38_143685_box_Incident_Summaries_173-233
Agency: Department of War
Page 11
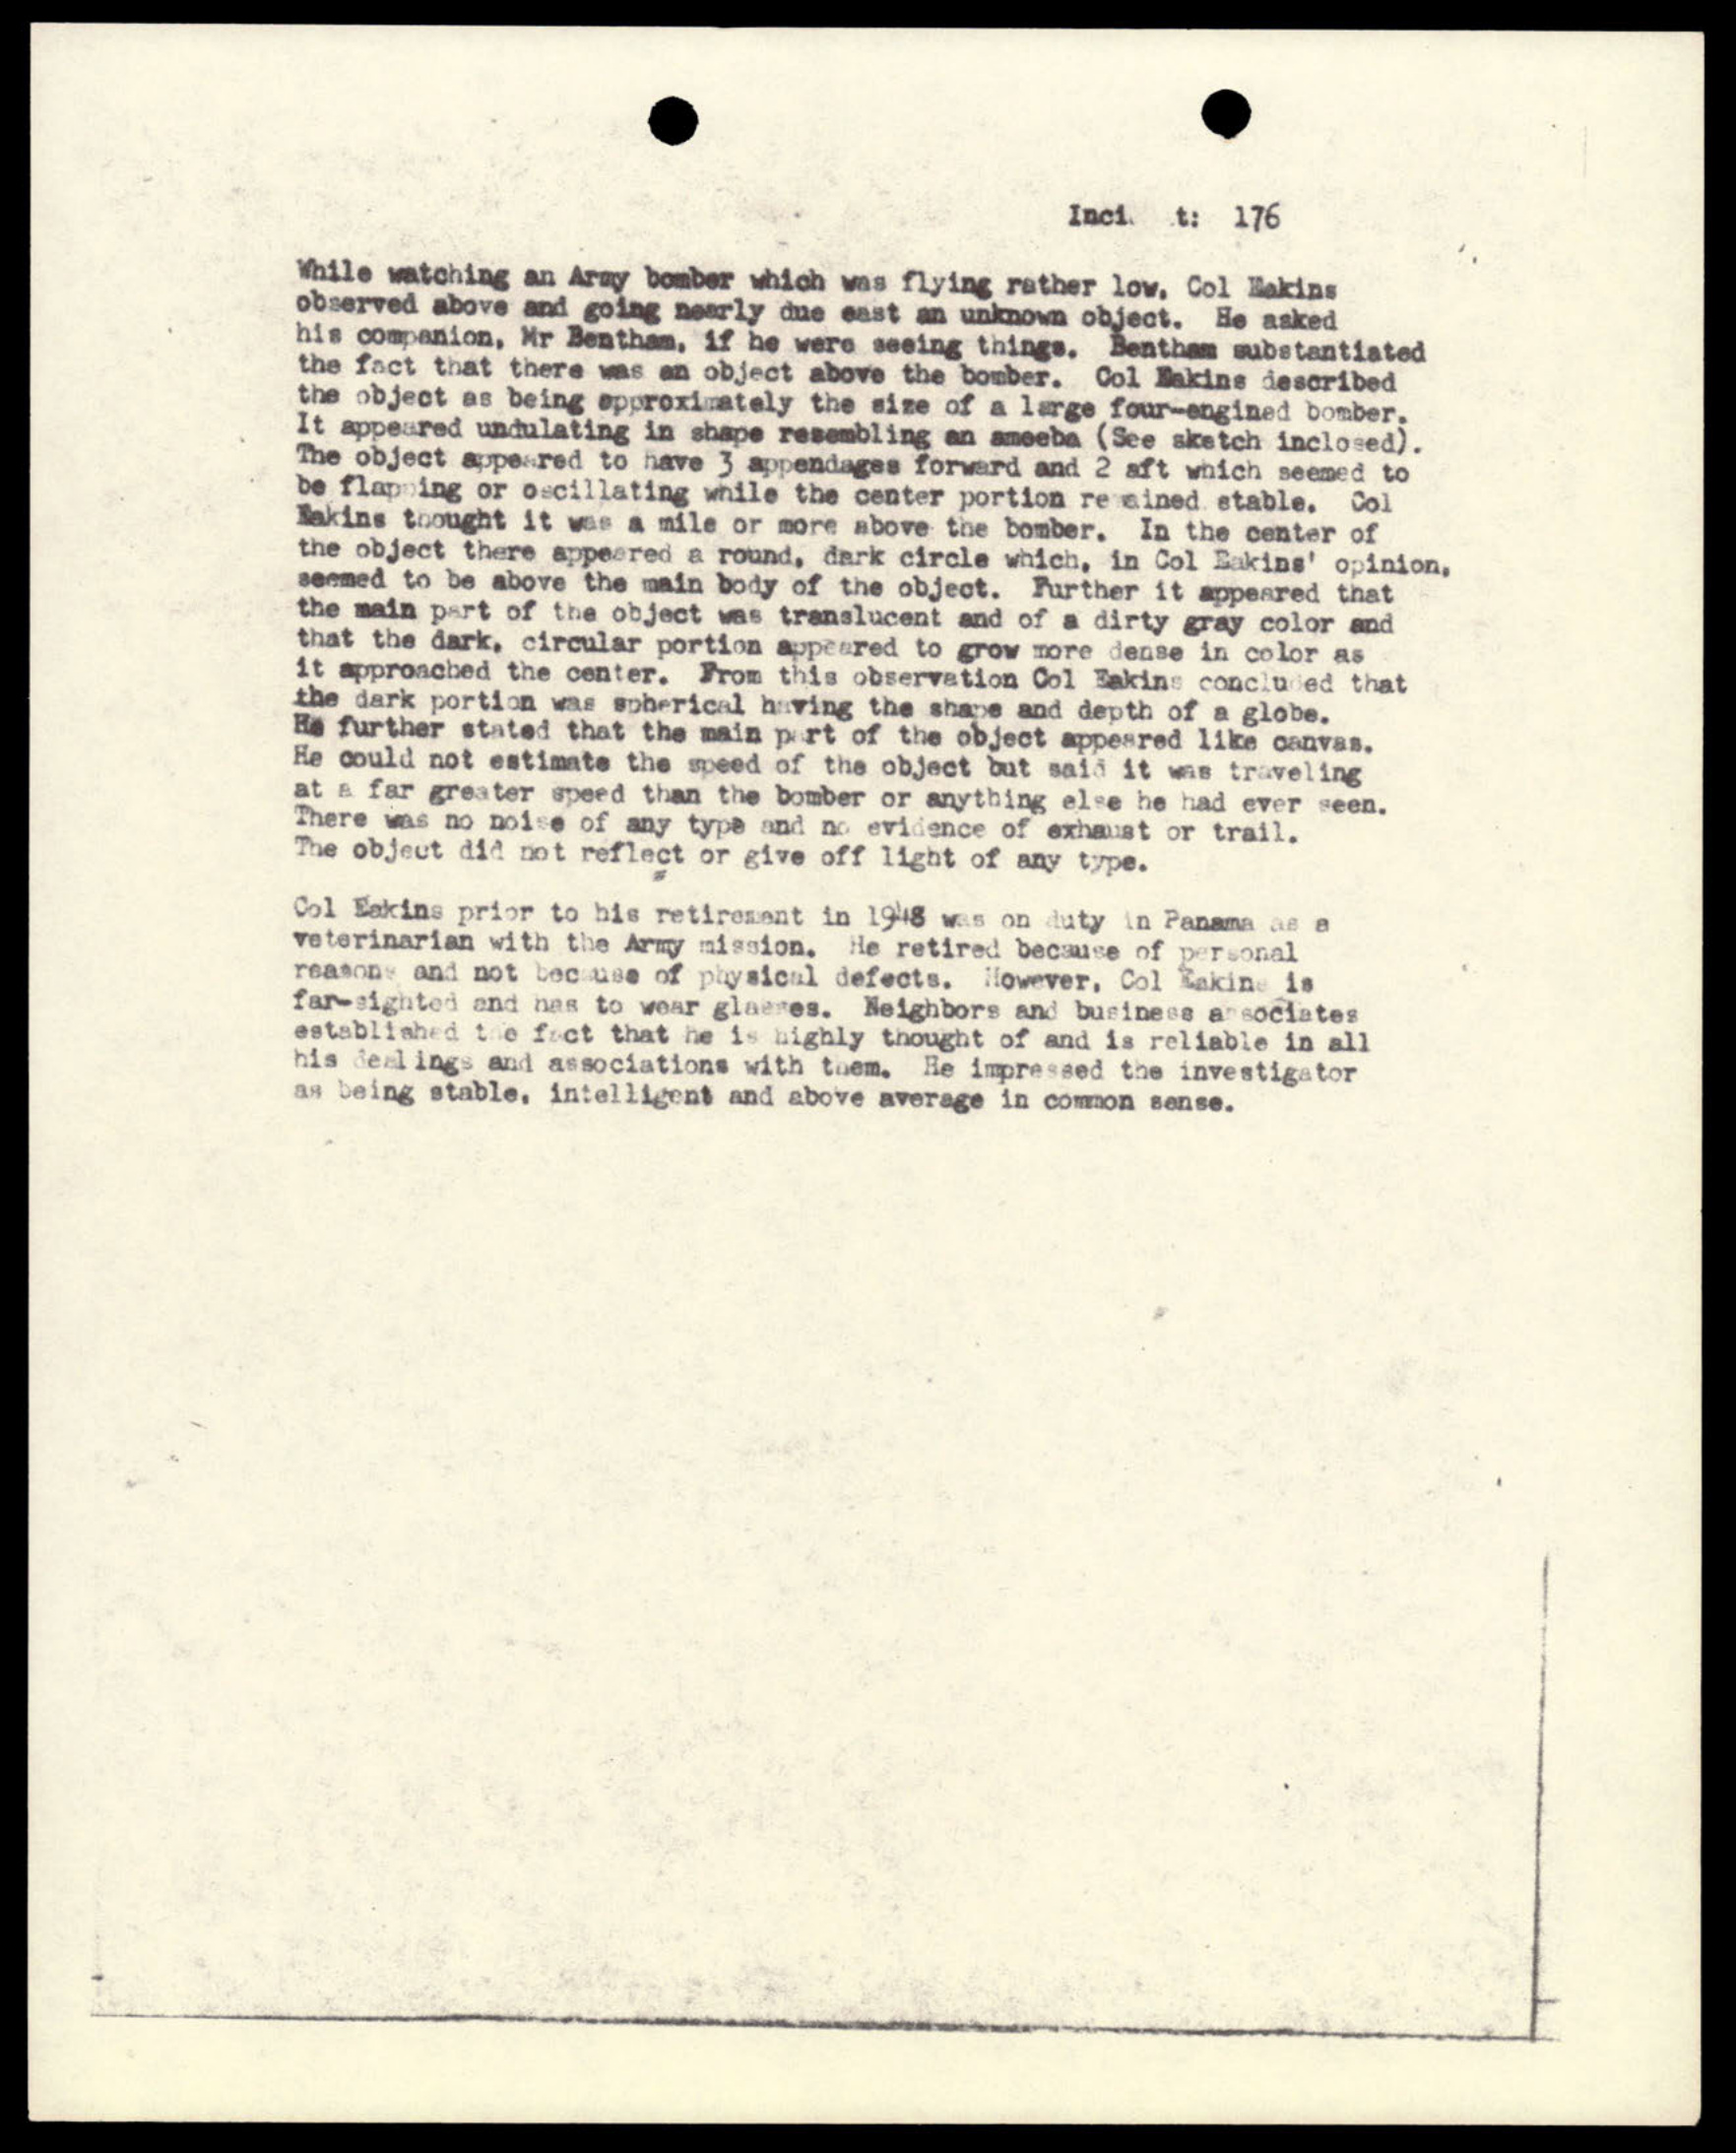